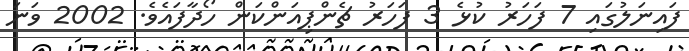
ފައިނަލުގައި 7 ފަހަރު ކުޅެ 3 ފަހަރު ޗެންޕިއަންކަން ހޯދާފައެވެ. 2002 ވަނަ